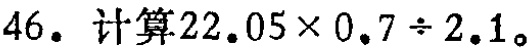
46. 计算\(22.05\times0.7\div2.1\)。